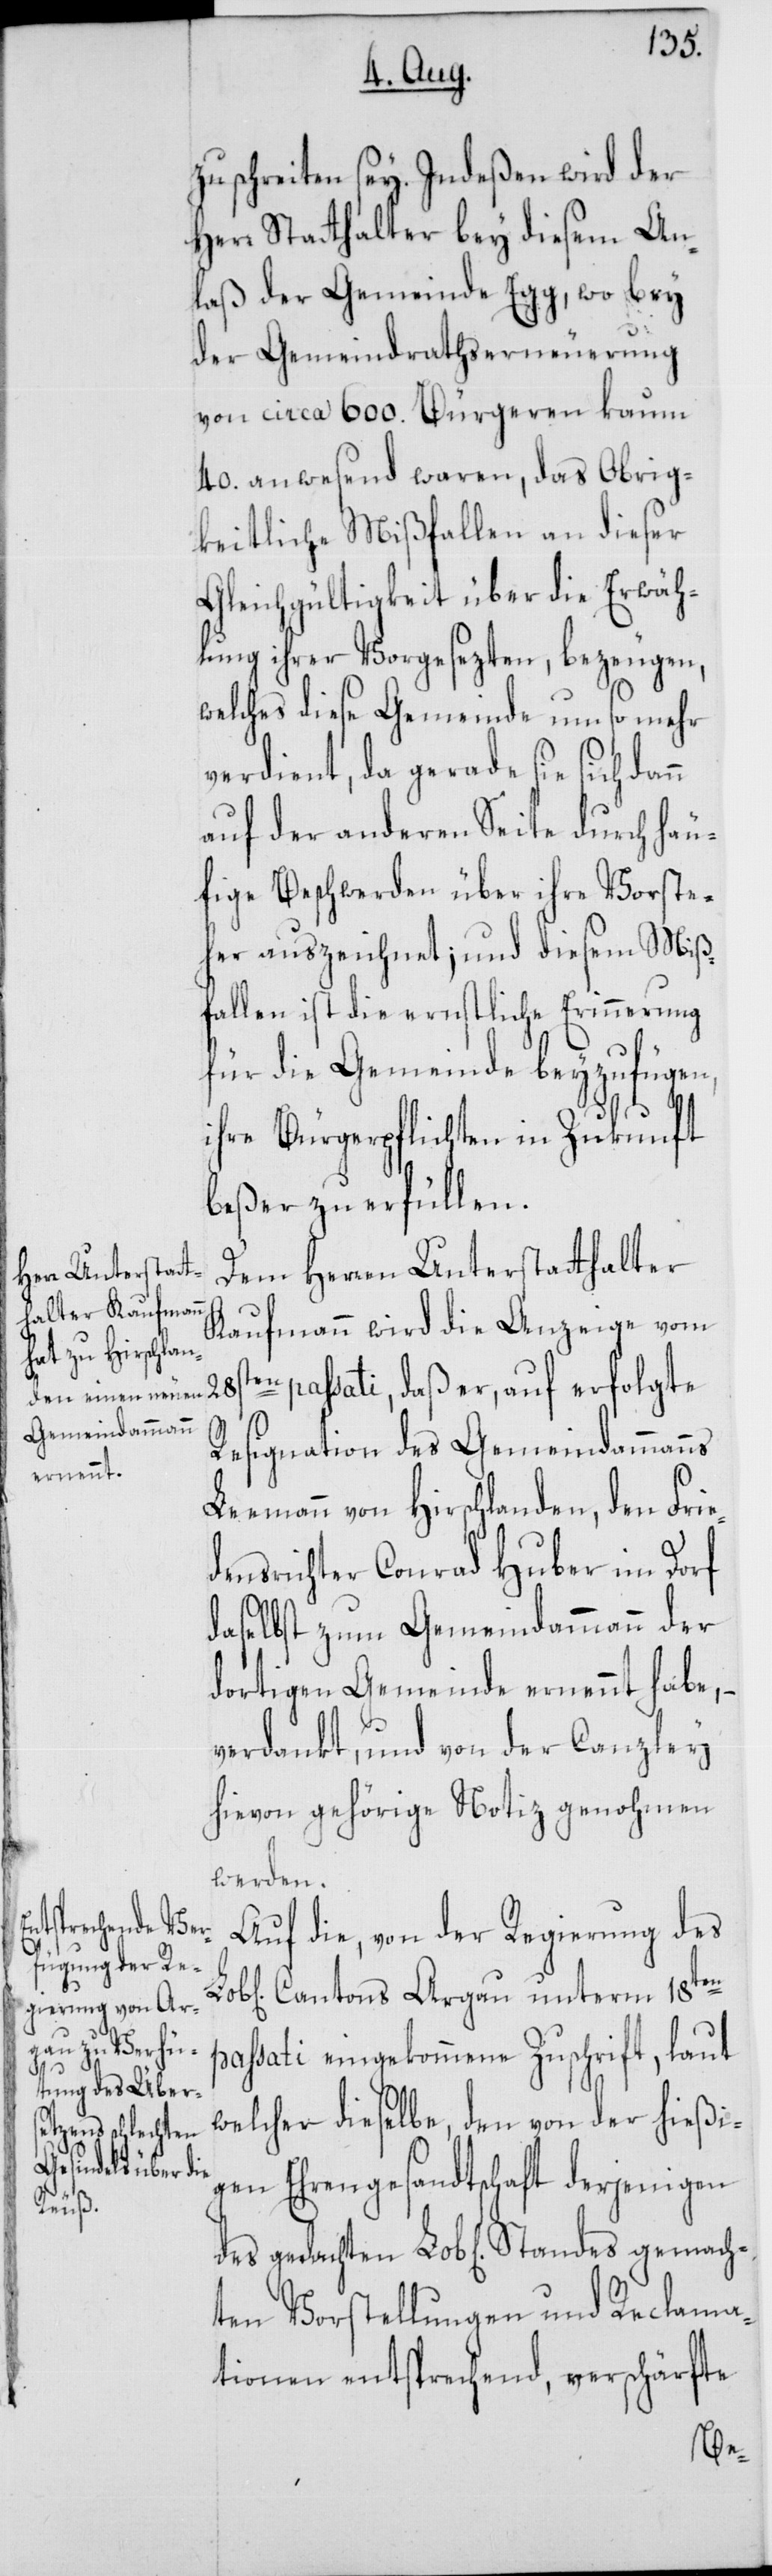
zu schreiten sey. Indeßen wird der
Herr Statthalter bey diesem An¬
laß der Gemeinde Egg, wo bey
der Gemeindrathserneuerung
von ca. 600. Bürgeren kaum
40. anwesend waren, das Obrig¬
keitliche Mißfallen an dieser
Gleichgültigkeit über die Erwäh¬
lung ihrer Vorgesezten, bezeugen,
welches diese Gemeinde um so mehr
verdient, da gerade sie sich
auf der anderen Seite durch häu¬
fige Beschwerden über ihre Vorste¬
her auszeichnet; und diesem Miß¬
fallen ist die ernstliche Erinnerung
für die Gemeinde beyzufügen,
ihre Bürgerpflichten in Zukunft
beßer zu erfüllen.
Dem Herren Unterstatthalter
Kaufmann wird die Anzeige vom
en passati, daß er, auf erfolgte
Resignation des Gemeindammanns
Leemann von Hirschlanden, den Frie¬
densrichter Conrad Huber im Dorf
daselbst zum Gemeindammann der
dortigen Gemeinde ernennt habe, –
verdankt, und von der Canzley
hievon gehörige Notiz genohmen
werden.
Auf die, von der Regierung des
Cantons Argau unterm 18ten
passati eingekommene Zuschrift, laut
welcher dieselbe, den von der hießi¬
gen Ehrengesandtschaft derjenigen
gemach¬
ten Vorstellungen und Reclama¬
tionen entsprechend, verschärfte